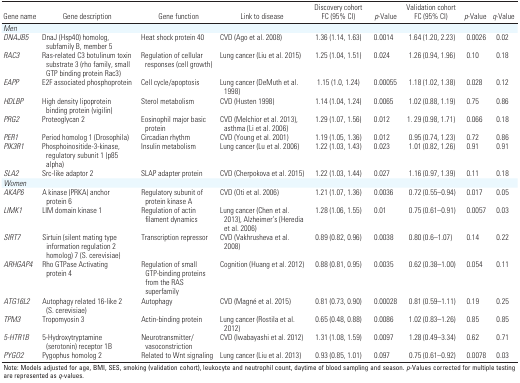
<table><thead><tr><td><b>Gene name</b></td><td><b>Gene description</b></td><td><b>Gene function</b></td><td><b>Link to disease</b></td><td><b>Discovery cohort FC (95% CI)</b></td><td><b><i>p</i>-Value</b></td><td><b>Validation cohort FC (95% CI)</b></td><td><b><i>p</i>-Value</b></td><td><b><i>q</i>-Value</b></td></tr></thead><tbody><tr><td><b>Men</b></td></tr><tr><td><b><i>DNAJB5</i><i></i></b></td><td>DnaJ (Hsp40) homolog, subfamily B, member 5</td><td>Heat shock protein 40</td><td>CVD (Ago et al. 2008)</td><td>1.36 (1.14, 1.63)</td><td>0.0014</td><td>1.64 (1.20, 2.23)</td><td>0.0026</td><td>0.02</td></tr><tr><td><b><i>RAC3</i></b></td><td>Ras-related C3 botulinum toxin substrate 3 (rho family, small GTP binding protein Rac3)</td><td>Regulation of cellular responses (cell growth)</td><td>Lung cancer (Liu et al. 2015)</td><td>1.25 (1.04, 1.51)</td><td>0.024</td><td>1.26 (0.94, 1.96)</td><td>0.10</td><td>0.18</td></tr><tr><td><b><i>EAPP</i></b></td><td>E2F associated phosphoprotein</td><td>Cell cycle/apoptosis</td><td>Lung cancer (DeMuth et al. 1998)</td><td>1.15 (1.0, 1.24)</td><td>0.00055</td><td>1.18 (1.02, 1.38)</td><td>0.028</td><td>0.12</td></tr><tr><td><b><i>HDLBP</i></b></td><td>High density lipoprotein binding protein (vigilin)</td><td>Sterol metabolism</td><td>CVD (Husten 1998)</td><td>1.14 (1.04, 1.24)</td><td>0.0065</td><td>1.02 (0.88, 1.19)</td><td>0.75</td><td>0.86</td></tr><tr><td><b><i>PRG2</i></b></td><td>Proteoglycan 2</td><td>Eosinophil major basic protein</td><td>CVD (Melchior et al. 2013), asthma (Li et al. 2006)</td><td>1.29 (1.07, 1.56)</td><td>0.012</td><td>1. 29 (0.98, 1.71)</td><td>0.066</td><td>0.18</td></tr><tr><td><b><i>PER1</i></b></td><td>Period homolog 1 (Drosophila)</td><td>Circadian rhythm</td><td>CVD (Young et al. 2001)</td><td>1.19 (1.05, 1.36)</td><td>0.012</td><td>0.95 (0.74, 1.23)</td><td>0.72</td><td>0.86</td></tr><tr><td><b><i>PIK3R1</i></b></td><td>Phosphoinositide-3-kinase, regulatory subunit 1 (p85 alpha)</td><td>Insulin metabolism</td><td>Lung cancer (Lu et al. 2006)</td><td>1.22 (1.03, 1.43)</td><td>0.023</td><td>1.01 (0.82, 1.26)</td><td>0.91</td><td>0.91</td></tr><tr><td><b><i>SLA2</i></b></td><td>Src-like adaptor 2</td><td>SLAP adapter protein</td><td>CVD (Cherpokova et al. 2015)</td><td>1.22 (1.03, 1.44)</td><td>0.027</td><td>1.16 (0.97, 1.39)</td><td>0.11</td><td>0.18</td></tr><tr><td><b>Women</b></td></tr><tr><td><b><i>AKAP6</i><i></i></b></td><td>A kinase (PRKA) anchor protein 6</td><td>Regulatory subunit of protein kinase A</td><td>CVD (Oti et al. 2006)</td><td>1.21 (1.07, 1.36)</td><td>0.0036</td><td>0.72 (0.55–0.94)</td><td>0.017</td><td>0.05</td></tr><tr><td><b><i>LIMK1</i></b></td><td>LIM domain kinase 1</td><td>Regulation of actin filament dynamics</td><td>Lung cancer (Chen et al. 2013), Alzheimer’s (Heredia et al. 2006)</td><td>1.28 (1.06, 1.55)</td><td>0.01</td><td>0.75 (0.61–0.91)</td><td>0.0057</td><td>0.03</td></tr><tr><td><b><i>SIRT7</i></b></td><td>Sirtuin (silent mating type information regulation 2 homolog) 7 (S. cerevisiae)</td><td>Transcription repressor</td><td>CVD (Vakhrusheva et al. 2008)</td><td>0.89 (0.82, 0.96)</td><td>0.0038</td><td>0.80 (0.6–1.07)</td><td>0.14</td><td>0.22</td></tr><tr><td><b><i>ARHGAP4</i></b></td><td>Rho GTPase Activating protein 4</td><td>Regulation of small GTP-binding proteins from the RAS superfamily</td><td>Cognition (Huang et al. 2012)</td><td>0.88 (0.81, 0.95)</td><td>0.0035</td><td>0.62 (0.38–1.00)</td><td>0.054</td><td>0.11</td></tr><tr><td><b><i>ATG16L2</i></b></td><td>Autophagy related 16-like 2 (S. cerevisiae)</td><td>Autophagy</td><td>CVD (Magné et al. 2015)</td><td>0.81 (0.73, 0.90)</td><td>0.00028</td><td>0.81 (0.59–1.11)</td><td>0.19</td><td>0.25</td></tr><tr><td><b><i>TPM3</i></b></td><td>Tropomyosin 3</td><td>Actin-binding protein</td><td>Lung cancer (Rostila et al. 2012)</td><td>0.65 (0.48, 0.88)</td><td>0.0086</td><td>1.02 (0.83–1.26)</td><td>0.85</td><td>0.85</td></tr><tr><td><b><i>5-HTR1B</i></b></td><td>5-Hydroxytryptamine (serotonin) receptor 1B</td><td>Neurotransmitter/ vasoconstriction </td><td>CVD (Iwabayashi et al. 2012)</td><td>1.31 (1.08, 1.59)</td><td>0.0097</td><td>1.28 (0.49–3.34)</td><td>0.62</td><td>0.71</td></tr><tr><td><b><i>PYGO2</i></b></td><td>Pygophus homolog 2</td><td>Related to Wnt signaling</td><td>Lung cancer (Liu et al. 2013)</td><td>0.93 (0.85, 1.01)</td><td>0.097</td><td>0.75 (0.61–0.92)</td><td>0.0078</td><td>0.03</td></tr><tr><td colspan="9">Note: Models adjusted for age, BMI, SES, smoking (validation cohort), leukocyte and neutrophil count, daytime of blood sampling and season. <i>p</i>-Values corrected for multiple testing are represented as <i>q</i>-values.</td></tr></tbody></table>